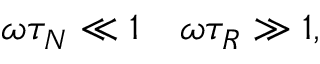
\begin{array} { r } { \omega \tau _ { N } \ll 1 \quad \omega \tau _ { R } \gg 1 , } \end{array}